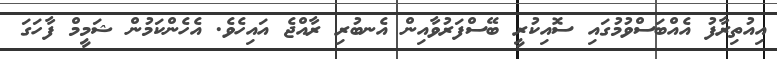
އިއުތިރާފު އެއްބަސްވުމުގައި ސޮއިކުރީ ބޭސްފަރުވާއިން އެނބުރި ރާއްޖެ އައިހެވެ. އެހެންކަމުން ޝަމީމް ފާހަގަ